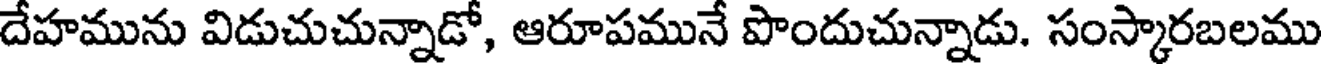
దేహమును విడుచుచున్నాడో, ఆరూపమునే పొందుచున్నాడు. సంస్కారబలము